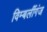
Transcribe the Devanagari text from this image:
विम्बर्लीगंज